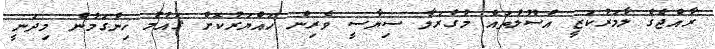
ރާއްޖެގެ ލާމަރުކަޒީ އުސޫލުތައް މުގުރަލާ ސިޔާސީ ވެރިން ހައްޔަރުކޮށް ޤައުމު ހިންގަމުން މިދަނީ